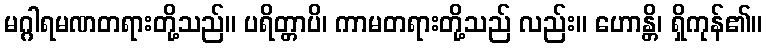
မဂ္ဂါရမဏတရားတို့သည်။ ပရိတ္တာပိ၊ ကာမတရားတို့သည် လည်း။ ဟောန္တိ၊ ရှိကုန်၏။